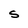
Character: S